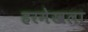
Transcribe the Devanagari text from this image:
हरमेखला